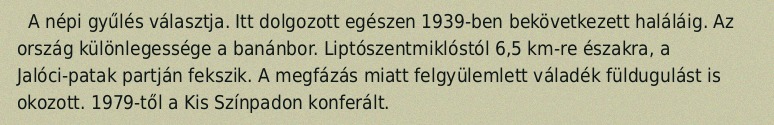
A népi gyűlés választja. Itt dolgozott egészen 1939-ben bekövetkezett haláláig. Az ország különlegessége a banánbor. Liptószentmiklóstól 6,5 km-re északra, a Jalóci-patak partján fekszik. A megfázás miatt felgyülemlett váladék füldugulást is okozott. 1979-től a Kis Színpadon konferált.